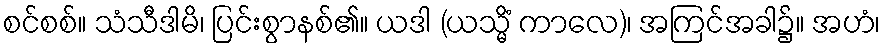
စင်စစ်။ သံသီဒါမိ၊ ပြင်းစွာနစ်၏။ ယဒါ (ယသ္မိံ ကာလေ)၊ အကြင်အခါ၌။ အဟံ၊